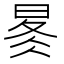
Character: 𰖋